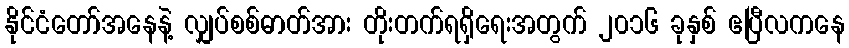
နိုင်ငံတော်အနေနဲ့ လျှပ်စစ်ဓာတ်အား တိုးတက်ရရှိရေးအတွက် ၂၀၁၆ ခုနှစ် ဧပြီလကနေ